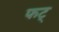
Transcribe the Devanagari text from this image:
फट्